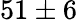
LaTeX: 51\pm 6